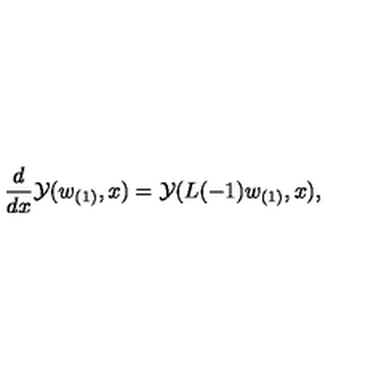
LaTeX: { \frac { d } { d x } } { \cal Y } ( w _ { ( 1 ) } , x ) = { \cal Y } ( L ( - 1 ) w _ { ( 1 ) } , x ) ,